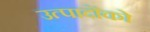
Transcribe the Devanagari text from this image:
उत्पादोंको